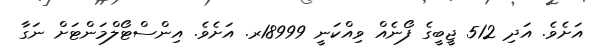
އަށެވެ. އަދި 512 ޖީބީގެ ފޯނެއް ވިއްކަނީ 18999ރ. އަށެވެ. އިންސްޓޯލްމަންޓަށް ނަގާ